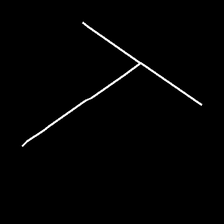
Glyph: column